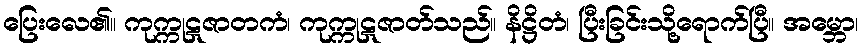
ပြေးလေ၏။ ကုက္ကုဋဇာတကံ၊ ကုက္ကုဋဇာတ်သည်။ နိဋ္ဌိတံ၊ ပြီးခြင်းသို့ရောက်ပြီ။ အမ္ဘော၊